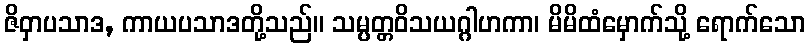
ဇိဝှာပသာဒ, ကာယပသာဒတို့သည်။ သမ္ပတ္တဝိသယဂ္ဂါဟကာ၊ မိမိထံမှောက်သို့ ရောက်သော